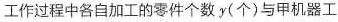
工作过程中各自加工的零件个数y(个)与甲机器工